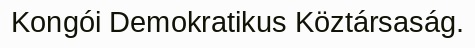
Kongói Demokratikus Köztársaság.